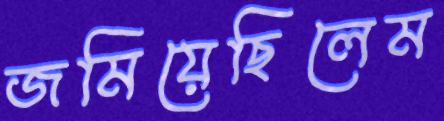
জমিয়েছিলেম